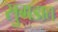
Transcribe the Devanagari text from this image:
सुगडात